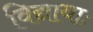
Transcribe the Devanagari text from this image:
विद्यायाः